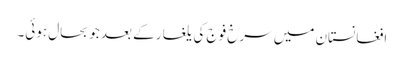
افغانستان میں سرخ فوج کی یلغار کے بعد جو بحال ہوئی۔